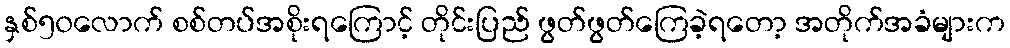
နှစ်၅၀လောက် စစ်တပ်အစိုးရကြောင့် တိုင်းပြည် ဖွတ်ဖွတ်ကြေခဲ့ရတော့ အတိုက်အခံများက